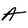
Character: A